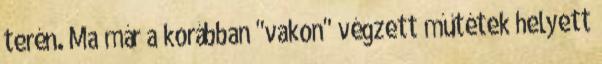
terén. Ma már a korábban "vakon" végzett műtétek helyett